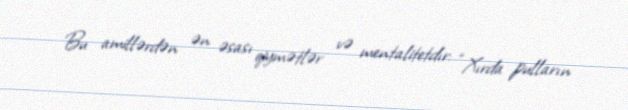
Bu amillərdən ən əsası qiymətlər və mentalitetdır: “Xırda pulların